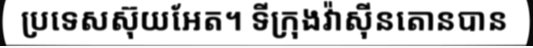
ប្រទេសស៊ុយអែត។ ទីក្រុងវ៉ាស៊ីនតោនបាន